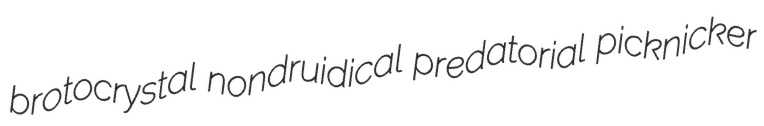
brotocrystal nondruidical predatorial picknicker